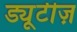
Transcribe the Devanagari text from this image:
ड्यूटीज़